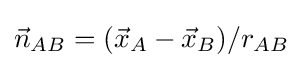
{\vec {n}}_{AB}=({\vec {x}}_{A}-{\vec {x}}_{B})/r_{AB}